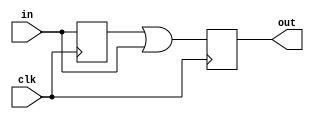
module xiaodou(input clk,input in,output reg out);
reg flag=1'd0;
always@(posedge clk)
begin
out=flag|in;
flag<=in;
end


endmodule